King Institute of Preventive Medicine Bacteriolog. Section reports 1907-08
Year: 1907
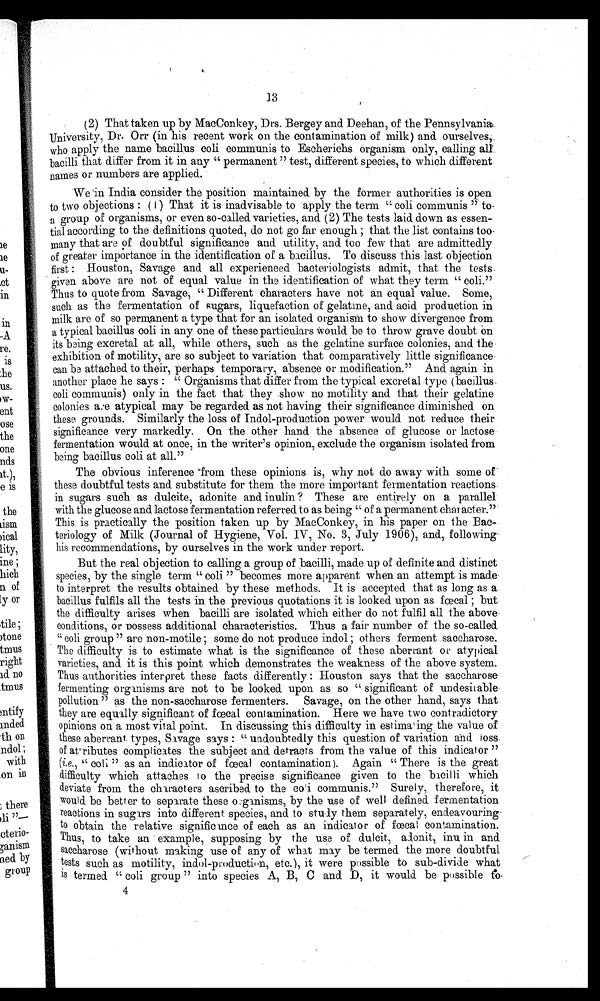
13
(2) That taken up by MacConkey, Drs. Bergey and. Deehan, of the Pennsylvania
University, Dr. Orr (in his recent work on the contamination of milk) and. ourselves;,
who apply the name bacillus coli communis to Escherichs organism only, calling all..
bacilli that differ from it in any " permanent " test, different species, to which different
names or numbers are applied.
We in India consider the position maintained by the former authorities is open
to two objections : ( I ) That it is inadvisable to apply the term " coli communis " to
a group of organisms, or even so-called varieties, and. (2) The tests laid down as essen-
tial according to the definitions quoted, do not go far enough ; that the list contains too,
many that are of doubtful significance and utility, and too few that are admittedly
of greater importance in the identification of a bacillus. To discuss this last objection
first : Houston, Savage and all experienced bacteriologists admit, that the tests.
given above are not of equal value in the identification of what they term " coli."
Thus to quote from Savage, " Different characters have not an equal value. Some,
such as the fermentation of sugars, liquefaction of gelatine, and acid production in
milk are of so permanent a type that for an isolated. organism to show divergence from
a typical bacillus coli in any one of these particulars Would be to throw grave doubt on
its being excretal at all, while others, such as the gelatine surface colonies, and the
exhibition of motility, are so subject to variation that comparatively little significance.
can be, attached to their, perhaps temporary, absence or modification." And again in
another place he says : " Organisms that differ from the typical excretal type (bacillus.
coli communis) only in the fact that they show no motility and that their gelatine
colonies are atypical may be regarded as not having their significance diminished on
these grounds. Similarly the loss of Indol-production power 'would not reduce their
significance very markedly. On the other hand the absence of glucose or lactose
fermentation would at once, in the writer's opinion, exclude the organism isolated from
being bacillus coli at all."
The obvious inference 'from these opinions is, why not do away with some of.
these doubtful tests and substitute for them the more important fermentation reactions_
in sugars such as dulcite, adonite and inulin ? These are entirely on a parallel
with the glucose and lactose fermentation referred to as being " of a permanent character."
This is practically the position taken up by MacConkey, in his paper on the Bac-
teriology of Milk (Journal of Hygiene, Vol. IV, No. 3, July 1906), and, following•
his recommendations, by ourselves in the work under report.
But the real objection to calling a group of bacilli, made up of definite and distinct
species, by the single term " coli " becomes more apparent when an attempt is made.
to interpret the results obtained by these methods. It is accepted that as long as a
bacillus fulfils all the tests in the previous quotations it is looked upon as fccal ; but
the difficulty arises when bacilli are isolated which either do not fulfil all the above
conditions, or possess additional characteristics. Thus a fair number of the so-called
" coli group " are non-motile ; some do not produce indol ; others ferment saccharose.
The difficulty is to estimate what is the significance of these aberrant or atypical
varieties, and. it is this point which demonstrates the weakness of the above system.
Thus authorities interpret these facts differently : Houston says that the saccharose
fermenting organisms are not to be looked upon as so " significant of undesirable
pollution " as the non-saccharose fermenters. Savage, on the other hand, says that
they are equally significant of fecal contamination. Here we have two contradictory
opinions on a most vital point. In discussing this difficulty in estimating the value of
these aberrant. types, Savage says : " undoubtedly this question of variation and l o s s
of atributes complicates the subject and detracts from the value of this indicator "
(i.e. " coli " as an indicator of fecal contamination). Again " There is the great
difficulty which attaches io the precise significance given to the bacilli which
deviate from the characters ascribed to the coli communis." Surely, therefore, it
would be better to separate these organisms, by the use of well defined fermentation
reactions in sugars into different species, and to study them separately, endeavouring-
to obtain the relative significmce of each as an indicator of contamination.
Thus, to take an example, supposing by the use of dulcit., inu in and
s accharose (without making use of any of what may be termed
foacal
the more doubtful
tests such as motility, indol-production, etc.), it were possible to sub-divide what
is termed " coli group " into species A, B, C and D, it would be possible to
4